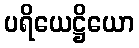
ပရိယေဋ္ဌိယော